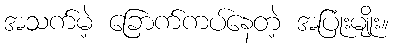
အသက်မဲ့ ခြောက်ကပ်နေတဲ့ အပြုံးမျိုး။